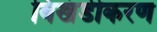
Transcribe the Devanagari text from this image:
विखंडीकरण